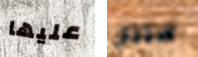
عليها ستنال